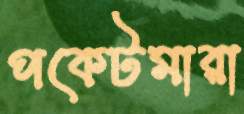
পকেটমারা